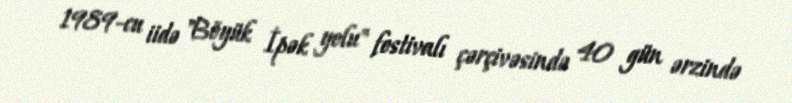
1989-cu iidə "Böyük İpək yolu" festivalı çərçivəsində 40 gün ərzində